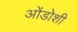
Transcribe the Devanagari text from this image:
ओंडोशी